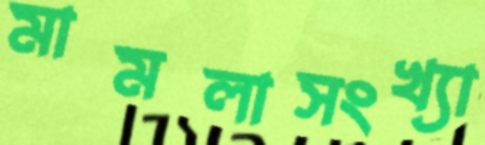
মামলাসংখ্যা